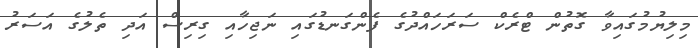
މިލިޔުމުގައިވާ ގޮތުން ޓްރެކް ސަރަހައްދުގެ ފެންގަނޑުގައި ނަޖިހާއި ގިރިސް އަދި ތެލުގެ އަސަރު